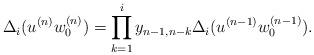
LaTeX: \begin{align*} \Delta_i(u^{(n)}w_0^{(n)})=\prod_{k=1}^{i}y_{n-1,n-k}\Delta_i(u^{(n-1)}w_0^{(n-1)}).\end{align*}